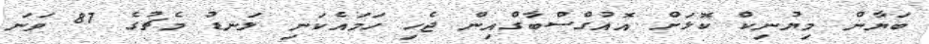
ބަޔާން މިޔުނިކް ކޮޅަށް އޮއުގްސްބާގްއިން ޖެހި ހަމައެކަނި ލަނޑު މެޗުގެ 87 ވަނަ